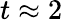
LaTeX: t\approx 2